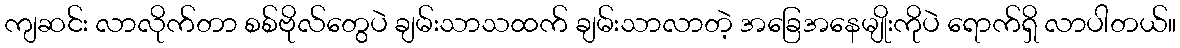
ကျဆင်း လာလိုက်တာ စစ်ဗိုလ်တွေပဲ ချမ်းသာသထက် ချမ်းသာလာတဲ့ အခြေအနေမျိုးကိုပဲ ရောက်ရှိ လာပါတယ်။